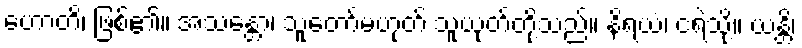
ဟောတိ၊ ဖြစ်၏။ အသန္တော၊ သူတော်မဟုတ် သူယုတ်တို့သည်။ နိရယံ၊ ငရဲသို့။ ယန္တိ၊